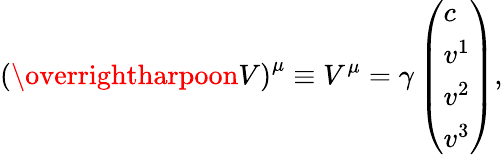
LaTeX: \left(\overrightharpoon{V}\right)^{\mu}\equiv V^{\mu}=\gamma\left(\begin{array}{l}{c}\\ {v^{1}}\\ {v^{2}}\\ {v^{3}}\end{array}\right),